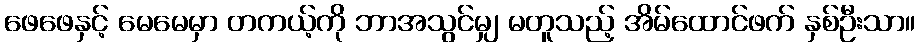
ဖေဖေနှင့် မေမေမှာ တကယ့်ကို ဘာအသွင်မျှ မတူသည့် အိမ်ထောင်ဖက် နှစ်ဦးသာ။